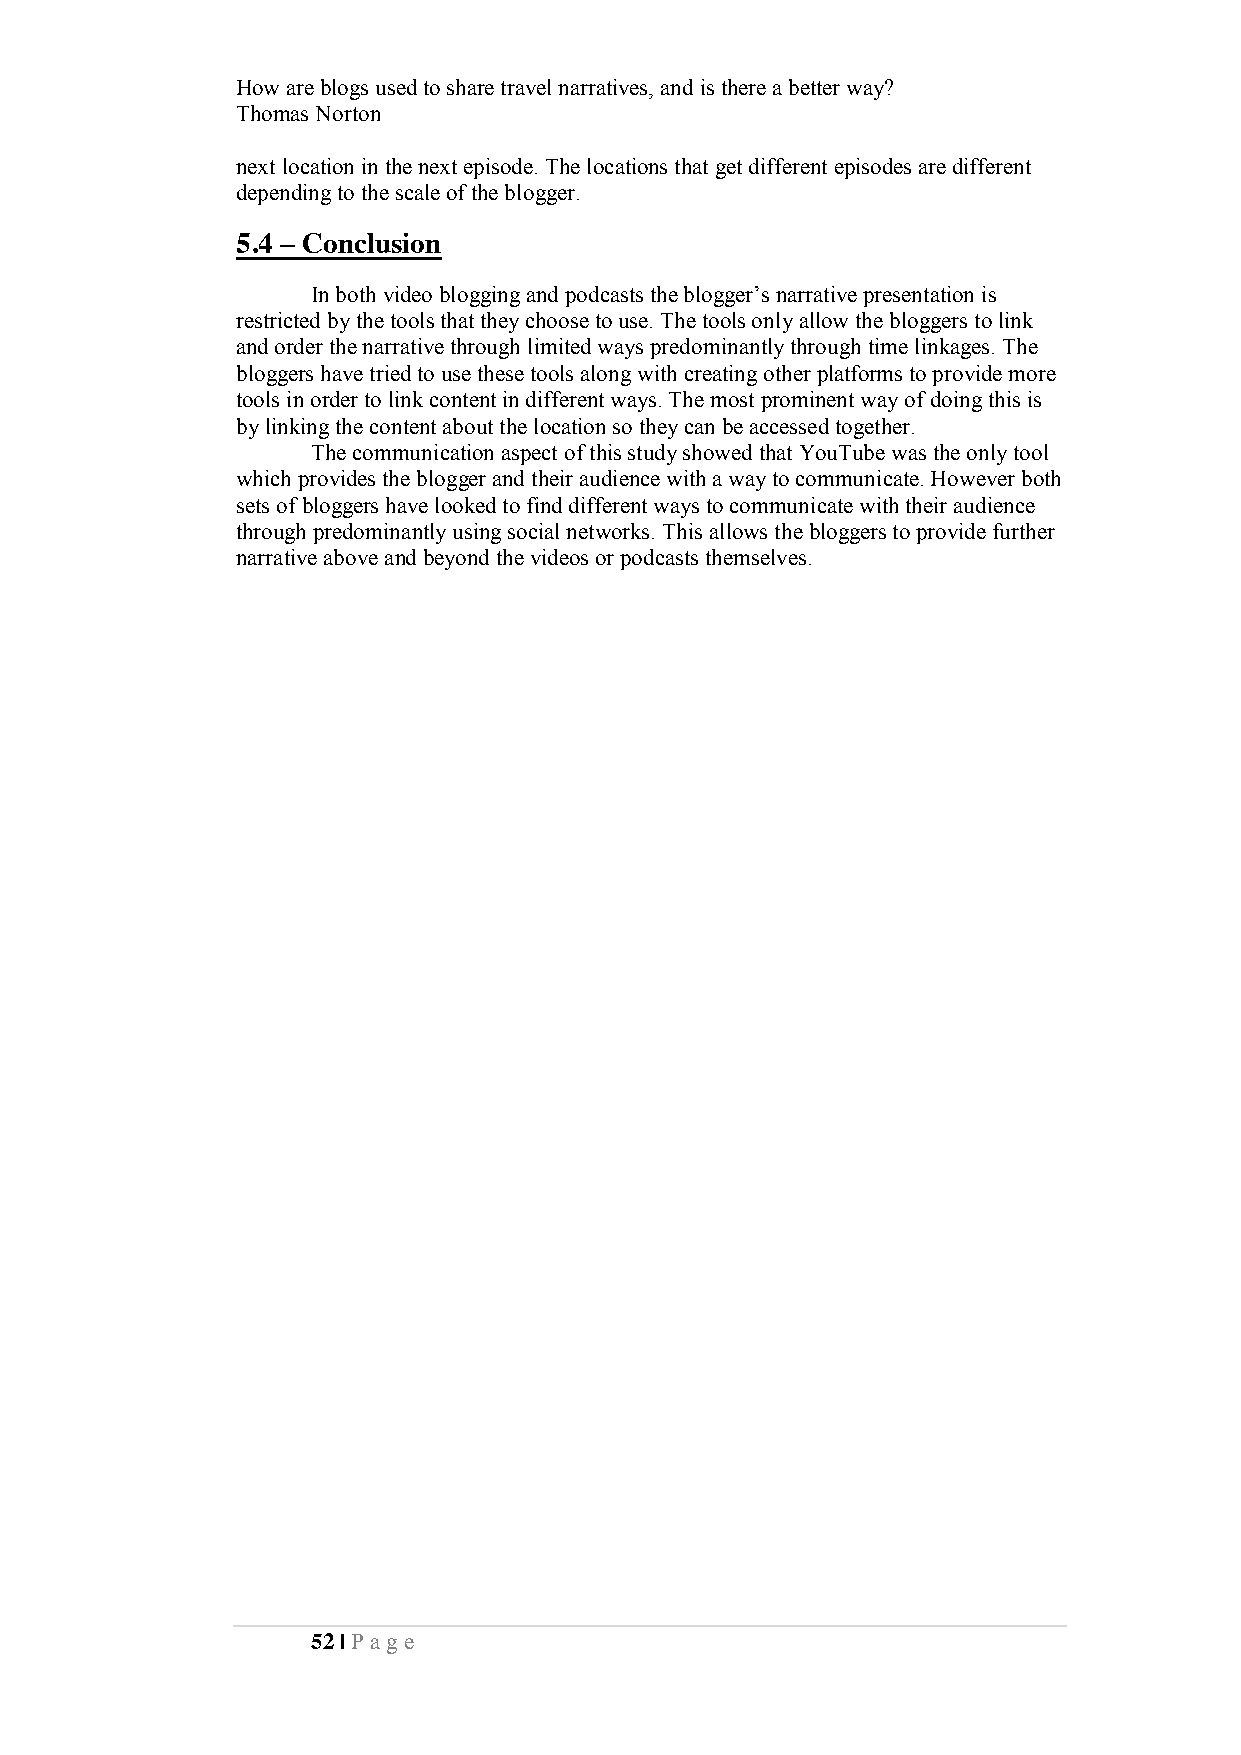
How are blogs used to share travel narratives, and is there a better way?
 Thomas Norton
 next location in the next episode. The locations that get different episodes are different
 depending to the scale of the blogger.
 5.4 – Conclusion
 In both video blogging and podcasts the blogger’s narrative presentation is
 restricted by the tools that they choose to use. The tools only allow the bloggers to link
 and order the narrative through limited ways predominantly through time linkages. The
 bloggers have tried to use these tools along with creating other platforms to provide more
 tools in order to link content in different ways. The most prominent way of doing this is
 by linking the content about the location so they can be accessed together.
 The communication aspect of this study showed that YouTube was the only tool
 which provides the blogger and their audience with a way to communicate. However both
 sets of bloggers have looked to find different ways to communicate with their audience
 through predominantly using social networks. This allows the bloggers to provide further
 narrative above and beyond the videos or podcasts themselves.
 52 | Pa ge